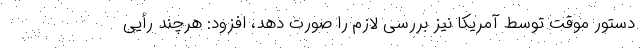
دستور موقت توسط آمریکا نیز بررسی لازم را صورت دهد، افزود: هرچند رأیی